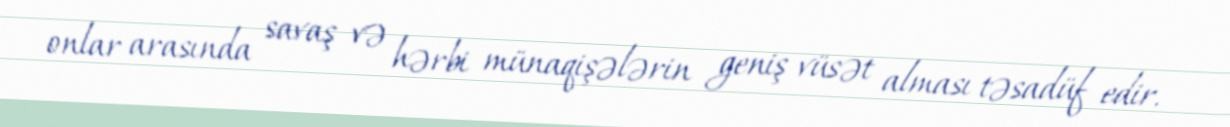
onlar arasında savaş və hərbi münaqişələrin geniş vüsət alması təsadüf edir.